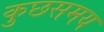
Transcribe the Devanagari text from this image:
कुछसमय